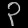
Digit: ၃